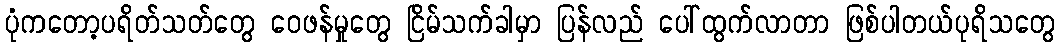
ပုံကတော့ပရိတ်သတ်တွေ ဝေဖန်မှုတွေ ငြိမ်သက်ခါမှာ ပြန်လည် ပေါ်ထွက်လာတာ ဖြစ်ပါတယ်ပုရိသတွေ